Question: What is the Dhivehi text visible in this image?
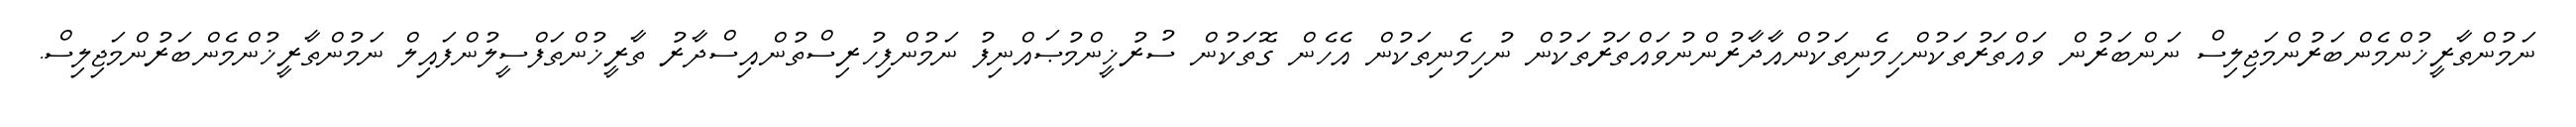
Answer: ނަމުންތާރީޚުންމެންބަރުންމަޖިލިސް ނަންބަރުން ވައްތަރުތަކުންހިމެނިތަކުންއާދާރުންނުވައްތަރުތަކުން ނުހިމެނިތަކުން އެހެން ގޮތަކުން ސުރުޚީންމުޞައްނިފު ނަމުންފިހުރިސްތުންއިސްދާރު ތާރީޚުންތަފްސީލުންފައިލް ނަމުންތާރީޚުންމެންބަރުންމަޖިލިސް.